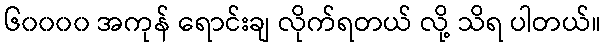
၆၀၀၀၀ အကုန် ရောင်းချ လိုက်ရတယ် လို့ သိရ ပါတယ်။